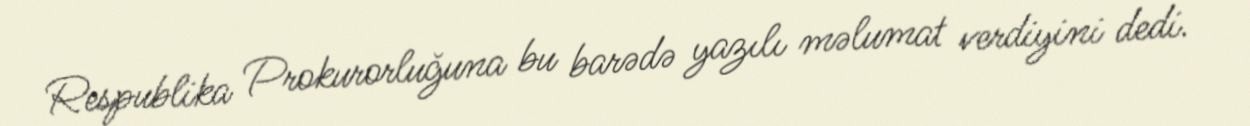
Respublika Prokurorluğuna bu barədə yazılı məlumat verdiyini dedi.